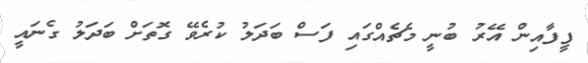
ފީފާއިން އޭރު ބުނީ މެޗެއްގައި ފަސް ބަދަލު ކުރެވޭ ގޮތަށް ބަދަލު ގެނައީ